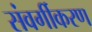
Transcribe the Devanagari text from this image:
संवर्गीकरण